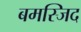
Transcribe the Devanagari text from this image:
बमस्जिद